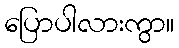
ပြောပါလားကွာ။